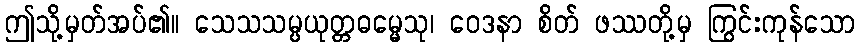
ဤသို့မှတ်အပ်၏။ သေသသမ္ပယုတ္တဓမ္မေသု၊ ဝေဒနာ စိတ် ဖဿတို့မှ ကြွင်းကုန်သော